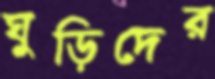
ঘুড়িদের